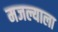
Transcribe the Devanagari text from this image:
मजल्याला